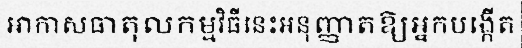
អាកាសធាតុលកម្មវិធីនេះអនុញ្ញាតឱ្យអ្នកបង្កើត